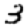
Digit: 3